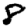
Digit: 8